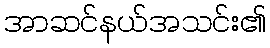
အာဆင်နယ်အသင်း၏